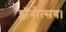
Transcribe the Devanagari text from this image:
ब्लॉगोत्सव।